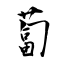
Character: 蔔